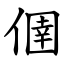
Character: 㒁